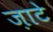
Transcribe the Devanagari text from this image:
ज़ाटे